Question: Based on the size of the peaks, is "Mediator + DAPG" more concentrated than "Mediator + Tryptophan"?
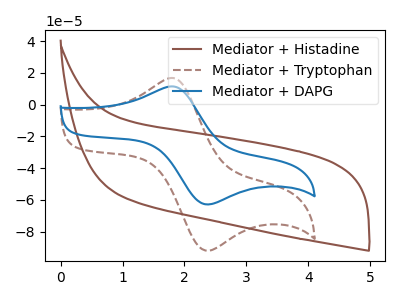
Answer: <think>The brown curve "Mediator + Histadine" has no peaks. The brown dashed curve "Mediator + Tryptophan" has an anodic peak at (1.85V, 16.65uA) and a cathodic peak at (2.35V, -91.95uA). The blue curve "Mediator + DAPG" has an anodic peak at (1.85V, 11.35uA) and a cathodic peak at (2.35V, -62.80uA).
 All the peaks in "Mediator + Tryptophan" have a peak in "Mediator + DAPG" at the same potential. Every peak in "Mediator + Tryptophan" is higher than every peak in "Mediator + DAPG".</think>
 <answer>"Mediator + Tryptophan" has more signal than "Mediator + DAPG" and so likely has a higher concentration.</answer>
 <eval>more_concentration</eval>